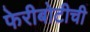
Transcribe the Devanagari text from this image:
फेरीबोटीची